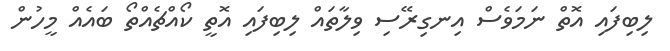
ލިބިފައި އޮތް ނަމަވެސް އިނގިރޭސި ވިލާތައް ލިބިފައި އޮތީ ކޯއްޗެއްތޯ ބައެއް މީހުން